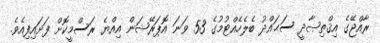
ރާއްޖޭގެ އިޤްތިޞާދީ ސަޙައްދު ބެލެހެއްޓުމުގެ 53 ވަނަ އޮޕަރޭޝަން އިއްޔެ ރަސްމީކޮށް ފަށައިފިއެވެ.